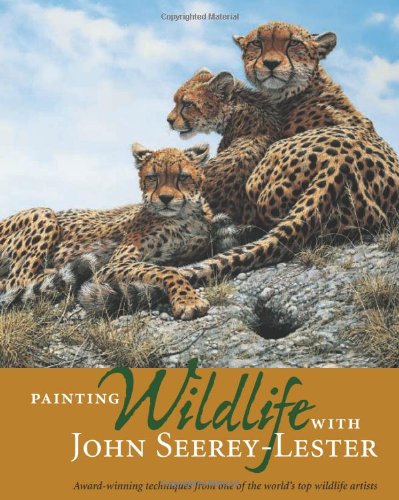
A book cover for Painting Wildlife with John Seerey-Lester; John Seerey-Lester; Arts & Photography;